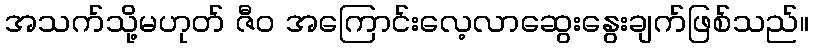
အသက်သို့မဟုတ် ဇီဝ အကြောင်းလေ့လာဆွေးနွေးချက်ဖြစ်သည်။